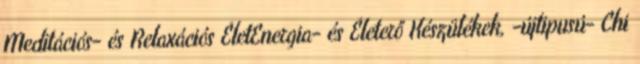
Meditációs- és Relaxációs ÉletEnergia- és Életerő Készülékek, -újtipusú- Chi